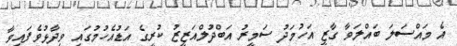
އެ މައްސަލަ ބައްލަވާ ގާޒީ އަހުމަދު ސަމީރު އަބްދުލްއަޒީޒު ކުރީގެ އަޑުއެހުމުގައި ވިދާޅުވެފައިވާ